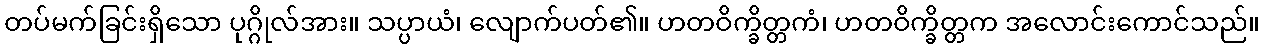
တပ်မက်ခြင်းရှိသော ပုဂ္ဂိုလ်အား။ သပ္ပာယံ၊ လျောက်ပတ်၏။ ဟတဝိက္ခိတ္တကံ၊ ဟတဝိက္ခိတ္တက အလောင်းကောင်သည်။